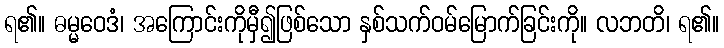
ရ၏။ ဓမ္မဝေဒံ၊ အကြောင်းကိုမှီ၍ဖြစ်သော နှစ်သက်ဝမ်မြောက်ခြင်းကို။ လဘတိ၊ ရ၏။